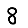
Digit: 8